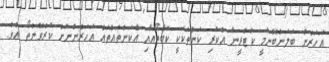
އަހަރެން ބަލަންބޭނުމީ ކަޓްރީނާ އެކުރި ކަންތަކަކީ ކޮބާތޯއާއި އެކަންތައްތައް އަހަރެންނަށް ކުރެވޭނެތޯ އެވެ.